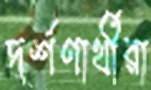
দর্শণার্থীরা